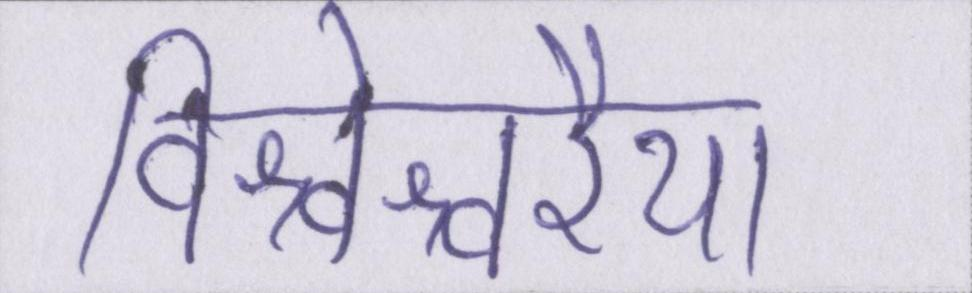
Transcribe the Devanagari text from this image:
विश्वेश्वरैया